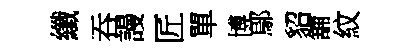
纖吞謾匠單博鄔貂舖紋